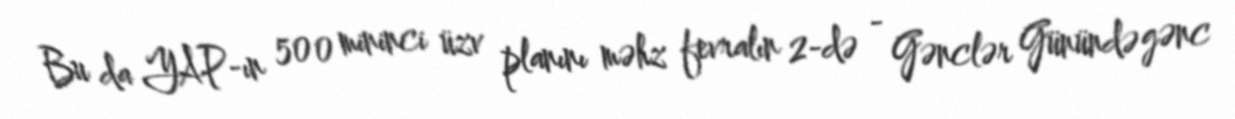
Bu da YAP-ın 500 mininci üzv planını məhz fevralın 2-də - Gənclər Günündə gənc